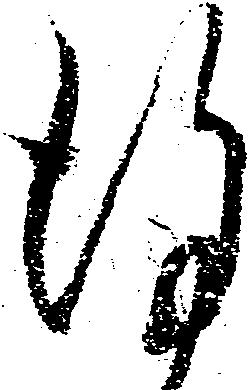
謹